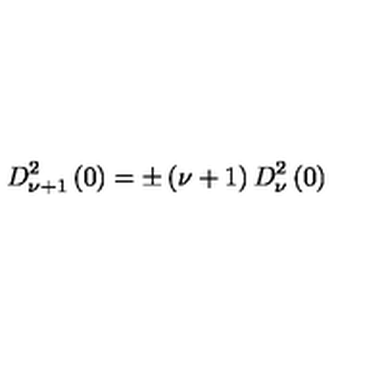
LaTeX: D _ { \nu + 1 } ^ { 2 } \left( 0 \right) = \pm \left( \nu + 1 \right) D _ { \nu } ^ { 2 } \left( 0 \right)